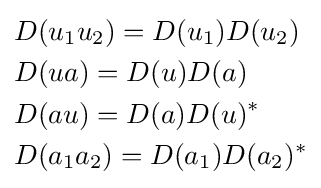
{\begin{aligned}&D(u_{1}u_{2})=D(u_{1})D(u_{2})\\&D(ua)=D(u)D(a)\\&D(au)=D(a)D(u)^{*}\\&D(a_{1}a_{2})=D(a_{1})D(a_{2})^{*}\end{aligned}}